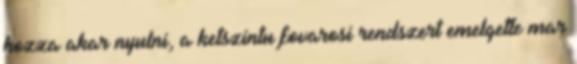
hozza akar nyulni, a ketszintu fovarosi rendszert emelgette mar